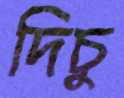
দিচু